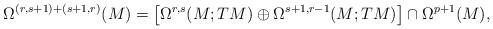
LaTeX: \begin{align*}\Omega^{(r,s+1)+(s+1,r)}(M)=\left[\Omega^{r,s}(M;TM)\oplus \Omega^{s+1,r-1}(M;TM)\right]\cap \Omega^{p+1}(M),\end{align*}